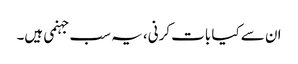
ان سے کیا بات کرنی، یہ سب جہنمی ہیں۔